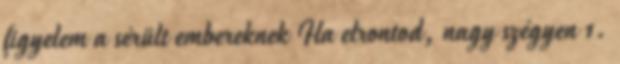
figyelem a sérült embereknek Ha elrontod, nagy szégyen 1.